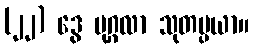
(၂၂) ဒွေ ပုဂ္ဂလာ သုတပ္ပယာ။